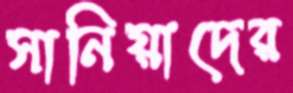
সানিয়াদের